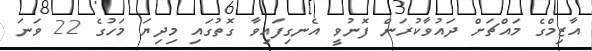
އާޒިމްގެ މައްޗަށް ދައުވާކުރަން ފޮނުވީ އެނގިފައިވާ ގޮތުގައި މިދިޔަ މަހުގެ 22 ވަނަ